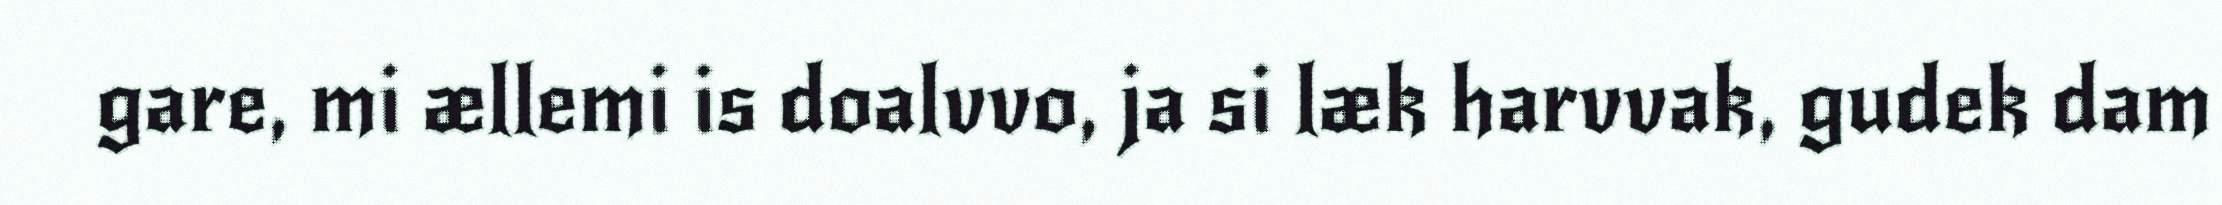
gare, mi ællemi is doalvvo, ja si læk harvvak, gudek dam